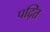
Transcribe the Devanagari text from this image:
पद्ति